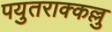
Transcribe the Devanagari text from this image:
पयुतराक्कल्लु